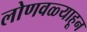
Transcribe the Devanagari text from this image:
लोणवळ्याहून